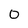
Character: 0